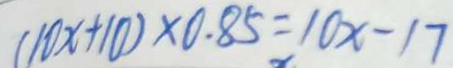
( 1 0 x + 1 0 ) \times 0 . 8 5 = 1 0 x - 1 7